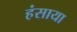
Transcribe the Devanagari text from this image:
हंसाया